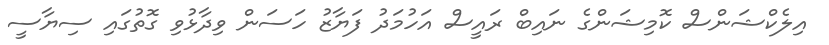
އިލެކްޝަންސް ކޮމިޝަންގެ ނައިބް ރައީސް އަހުމަދު ފަޔާޒު ހަސަން ވިދާޅުވި ގޮތުގައި ސިޔާސީ